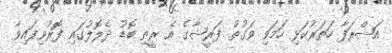
އަޝްރަފާ ހަތަރުކަޅި ހަމަވި ވަގުތު ފަރީޝާގެ އެ ރީތި ބޮޑު ދެލޮލުގައި ފޮރުވިފައިވާ